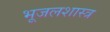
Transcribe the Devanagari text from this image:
भूजलशास्त्र